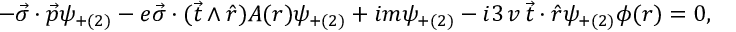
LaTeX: - \vec { \sigma } \cdot \vec { p } \psi _ { + ( 2 ) } - e \vec { \sigma } \cdot ( \vec { t } \wedge \hat { r } ) A ( r ) \psi _ { + ( 2 ) } + i m \psi _ { + ( 2 ) } - i 3 \, v \, \vec { t } \cdot \hat { r } \psi _ { + ( 2 ) } \phi ( r ) = 0 ,